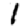
Digit: 1